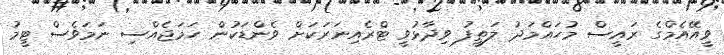
ވީއޭއެމްގެ ރައީސް މުހައްމަދު ލަތީފު ވިދާޅުވީ ޓްރެއިނަރަކަށް ވެންޑަކުން ހަމަޖެއްސި ނަމަވެސް ޓީމު